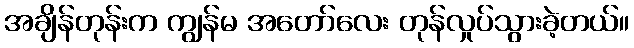
အချိန်တုန်းက ကျွန်မ အတော်လေး တုန်လှုပ်သွားခဲ့တယ်။